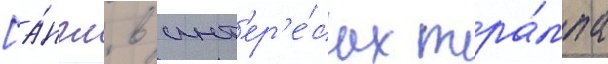
[а́нгл. в инт'ер'е́сах тра́мпа